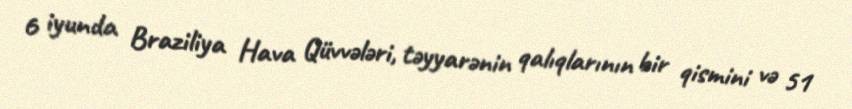
6 iyunda Braziliya Hava Qüvvələri, təyyarənin qalıqlarının bir qismini və 51